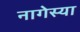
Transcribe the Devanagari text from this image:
नागेस्या